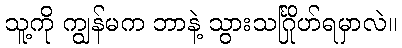
သူ့ကို ကျွန်မက ဘာနဲ့ သွားသင်္ဂြိုဟ်ရမှာလဲ။